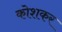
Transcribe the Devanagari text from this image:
कोशकर